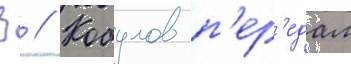
З // Кобулов п'ер'едал